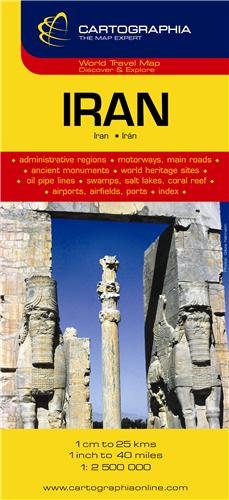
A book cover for Iran Map by Cartographia (Cartographia Country Maps) (English, French and German Edition); Cartographia; Travel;